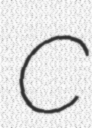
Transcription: C